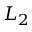
L _ { 2 }